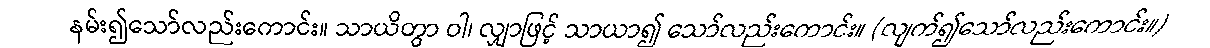
နမ်း၍သော်လည်းကောင်း။ သာယိတွာ ဝါ၊ လျှာဖြင့် သာယာ၍ သော်လည်းကောင်း။ (လျက်၍သော်လည်းကောင်း။)